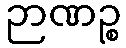
ဉာဏဉ္စ